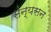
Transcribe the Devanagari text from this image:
संन्यसन